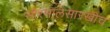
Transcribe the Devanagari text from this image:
सौरमालेसारखीच